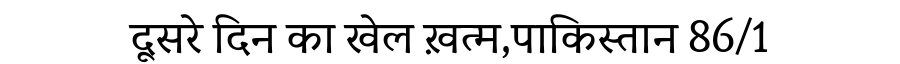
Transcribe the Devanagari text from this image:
दूसरे दिन का खेल ख़त्म,पाकिस्तान 86/1